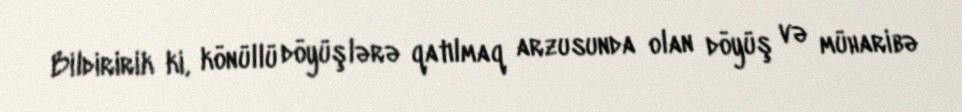
Bildiririk ki, könüllü döyüşlərə qatılmaq arzusunda olan döyüş və müharibə